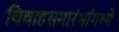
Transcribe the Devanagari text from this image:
विवाहसमारंभांमध्ये